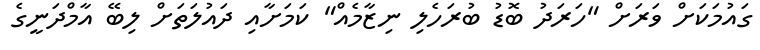
ގައުމަކަށް ވަރަށް "ހަރަދު ބޮޑު ބުރަހެލި ނިޒާމެއް" ކަމަށާއި ދައުލަތަށް ލިބޭ އާމްދަނީގެ